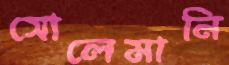
সোলেমানি